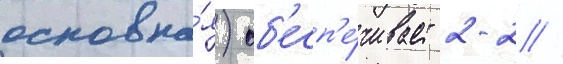
основна́я) об'есп'е́чивает 2-2 //